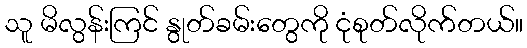
သူ မိလွန်းကြင် နွုတ်ခမ်းတွေကို ငုံစုတ်လိုက်တယ်။